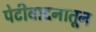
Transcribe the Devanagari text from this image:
पेटीवादनातून